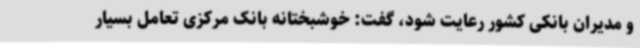
و مدیران بانکی کشور رعایت شود، گفت: خوشبختانه بانک مرکزی تعامل بسیار